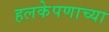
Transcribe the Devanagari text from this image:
हलकेपणाच्या